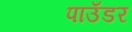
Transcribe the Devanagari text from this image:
पाउँडर